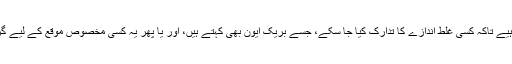
سگنل کا ڈیٹا اپ ٹو ڈیٹ ہونا چاہیے تاکہ کسی غلط اندازے کا تدارک کیا جا سکے، جسے بریک ایون بھی کہتے ہیں، اور یا پھر یہ کسی مخصوص موقع کے لیے گزشتہ سگنلز کی توثیق کرتا ہے۔